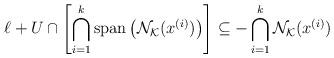
LaTeX: \begin{align*}\ell + U \cap \left[\bigcap_{i=1}^{k}\textup{span}\left(\mathcal{N}_{\mathcal{K}}(x^{(i)})\right)\right] \subseteq -\bigcap_{i=1}^{k}\mathcal{N}_{\mathcal{K}}(x^{(i)})\end{align*}